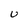
Character: U